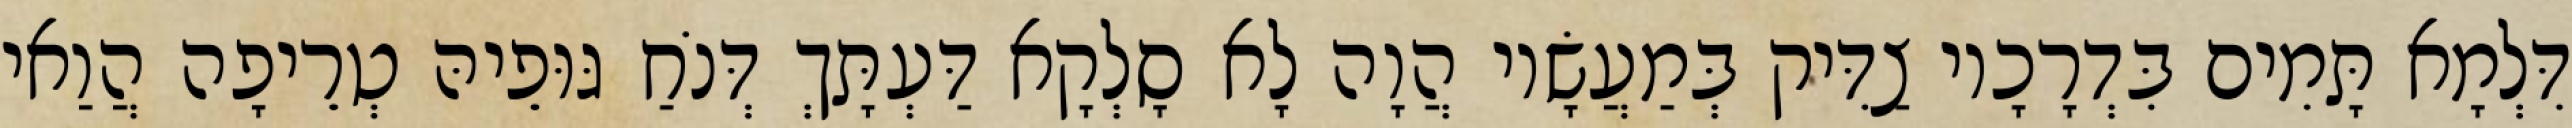
דִּלְמָא תָּמִים בִּדְרָכָיו צַדִּיק בְּמַעֲשָׂיו הֲוָה לָא סָלְקָא דַּעְתָּךְ דְּנֹחַ גּוּפֵיהּ טְרֵיפָה הֲוַאי